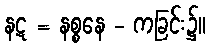
နဋ = နစ္စနေ - ကခြင်း၌။